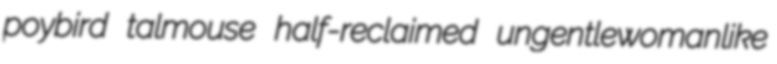
poybird talmouse half-reclaimed ungentlewomanlike